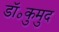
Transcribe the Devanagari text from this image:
डॉ॰कुमुद